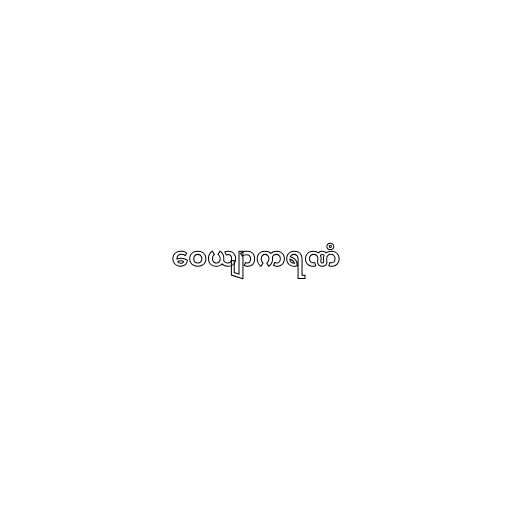
ဝေယျာကရဏံ